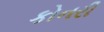
કોનરી